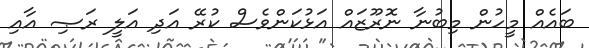
ބައެއް މީހުން މިބުނާ ނޮރޫޒައް އަޅުކަންވެސް ކުރޭ އަދި އަލީ ރަޞި އާއި